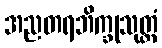
အညတရဘိက္ခုသုတ္တံ